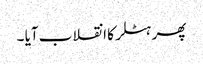
پھر ہٹلر کا انقلاب آیا ۔